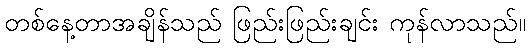
တစ်နေ့တာအချိန်သည် ဖြည်းဖြည်းချင်း ကုန်လာသည်။